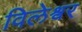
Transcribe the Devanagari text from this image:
विलेश्वर